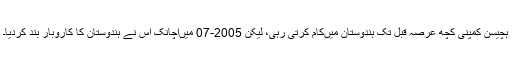
ہچیسن کمپنی کچھ عرصہ قبل تک ہندوستان میںکام کرتی رہی، لیکن 2005-07 میںاچانک اس نے ہندوستان کا کاروبار بند کردیا۔